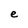
Character: e